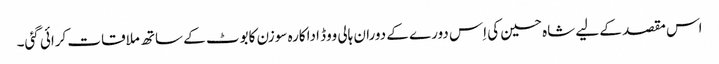
اس مقصد کے لیے شاہ حسین کی اِس دورے کے دوران ہالی ووڈ اداکارہ سوزن کابوٹ کے ساتھ ملاقات کرائی گئی۔